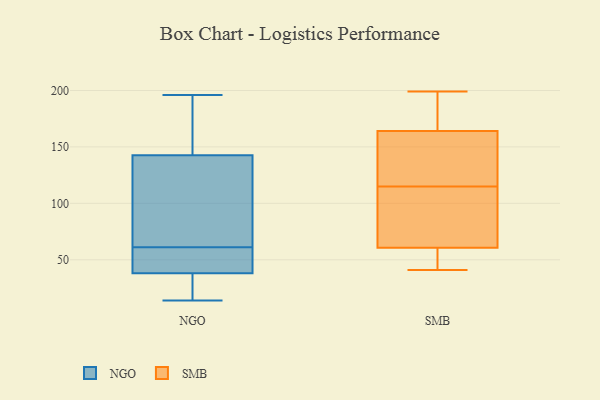
{"axis": {"x": "Customer Acquisition Cost (USD)", "y": "Value"}, "legend": ["NGO", "SMB"], "data": [{"x": "", "y": 141, "type": "NGO"}, {"x": "", "y": 41, "type": "NGO"}, {"x": "", "y": 20, "type": "NGO"}, {"x": "", "y": 78, "type": "NGO"}, {"x": "", "y": 134, "type": "NGO"}, {"x": "", "y": 175, "type": "NGO"}, {"x": "", "y": 50, "type": "NGO"}, {"x": "", "y": 143, "type": "NGO"}, {"x": "", "y": 61, "type": "NGO"}, {"x": "", "y": 37, "type": "NGO"}, {"x": "", "y": 14, "type": "NGO"}, {"x": "", "y": 15, "type": "NGO"}, {"x": "", "y": 196, "type": "NGO"}, {"x": "", "y": 41, "type": "NGO"}, {"x": "", "y": 180, "type": "NGO"}, {"x": "", "y": 64, "type": "SMB"}, {"x": "", "y": 64, "type": "SMB"}, {"x": "", "y": 115, "type": "SMB"}, {"x": "", "y": 46, "type": "SMB"}, {"x": "", "y": 154, "type": "SMB"}, {"x": "", "y": 83, "type": "SMB"}, {"x": "", "y": 46, "type": "SMB"}, {"x": "", "y": 77, "type": "SMB"}, {"x": "", "y": 41, "type": "SMB"}, {"x": "", "y": 162, "type": "SMB"}, {"x": "", "y": 199, "type": "SMB"}, {"x": "", "y": 170, "type": "SMB"}, {"x": "", "y": 186, "type": "SMB"}, {"x": "", "y": 131, "type": "SMB"}, {"x": "", "y": 145, "type": "SMB"}, {"x": "", "y": 51, "type": "SMB"}, {"x": "", "y": 199, "type": "SMB"}]}